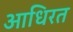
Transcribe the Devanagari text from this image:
आधिरत